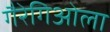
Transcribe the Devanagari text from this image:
गैरेगिओला